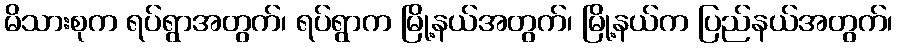
မိသားစုက ရပ်ရွာအတွက်၊ ရပ်ရွာက မြို့နယ်အတွက်၊ မြို့နယ်က ပြည်နယ်အတွက်၊